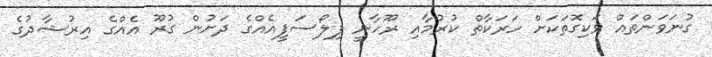
ގުނަވަންތައް ވަކިގޮތަކަށް ހަރަކާތް ކުރުމާއި ރޫހާނީ ފިލޯސަފީއެއްގެ ދަށުން ގުރޫ އެއްގެ އިރުޝާދުގެ